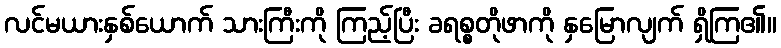
လင်မယားနှစ်ယောက် သားကြီးကို ကြည့်ပြီး ခရစ္စတိုဖာကို နှမြောလျက် ရှိကြ၏။